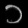
Digit: ၁